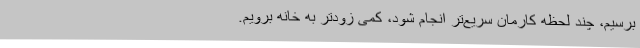
برسیم، چند لحظه کارمان سریع‌تر انجام شود، کمی زودتر به خانه برویم.